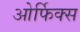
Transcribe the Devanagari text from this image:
ओर्फिक्स